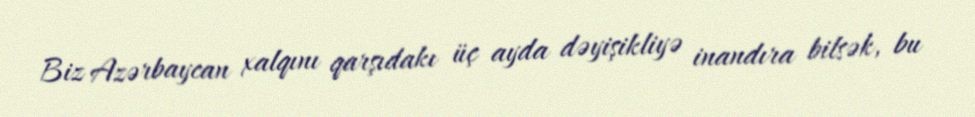
Biz Azərbaycan xalqını qarşıdakı üç ayda dəyişikliyə inandıra bilsək, bu